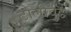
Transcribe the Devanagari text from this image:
टोलीवुड